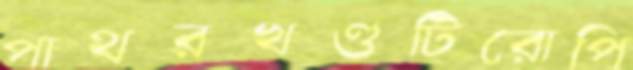
পাথরখণ্ডটিরোপি